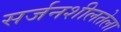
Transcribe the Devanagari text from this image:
सर्जनशीलतेला